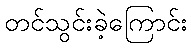
တင်သွင်းခဲ့ကြောင်း